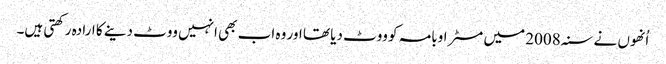
اُنھوں نے سنہ 2008 میں مسٹر اوبامہ کو ووٹ دیا تھا اور وہ اب بھی انہیں ووٹ دینے کا ارادہ رکھتی ہیں۔